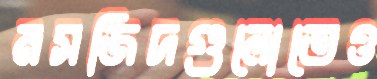
মসজিদগুলোতেও